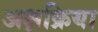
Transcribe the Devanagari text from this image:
अक्षक्रिया